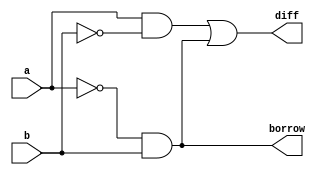
module halfsub
(
   input wire a,b,
   output wire diff,borrow
);

assign diff=(a&~b)|(~a&b);
assign borrow=~a&b;
endmodule